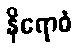
နိရောဓံ